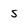
Character: s